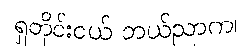
ရှတိုင်းငယ် ဘယ်ညာက၊